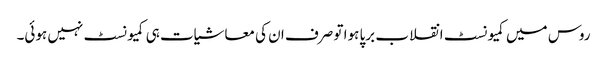
روس میں کمیونسٹ انقلاب برپا ہوا تو صرف ان کی معاشیات ہی کمیونسٹ نہیں ہوئی۔